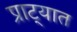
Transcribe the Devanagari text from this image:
प्राट्यात